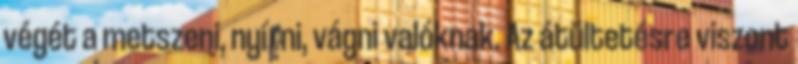
végét a metszeni, nyírni, vágni valóknak. Az átültetésre viszont